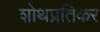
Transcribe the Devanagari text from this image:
शोथप्रतिकर